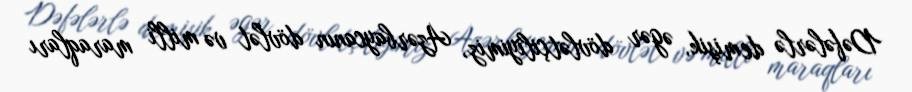
Dəfələrlə demişik, əgər dövlətçiliyimiz, Azərbaycanın dövlət və milli maraqları